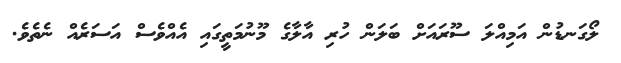
ލޯގަނޑުން އަމިއްލަ ސޫރައަށް ބަލަން ހުރި އާލާގެ މޫނުމަތީގައި އެއްވެސް އަސަރެއް ނެތެވެ.